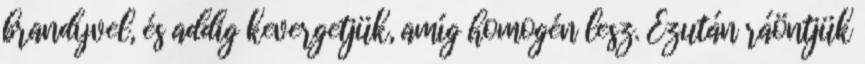
brandyvel, és addig kevergetjük, amíg homogén lesz. Ezután ráöntjük